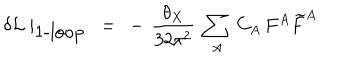
LaTeX: \delta { \cal L } \mid _ { \mathrm { 1 - l o o p } } \ = \ - \, \frac { \theta _ { X } } { 3 2 \pi ^ { 2 } } \ \sum _ { A } \, C _ { A } \, F ^ { A } \widetilde { F } ^ { A }